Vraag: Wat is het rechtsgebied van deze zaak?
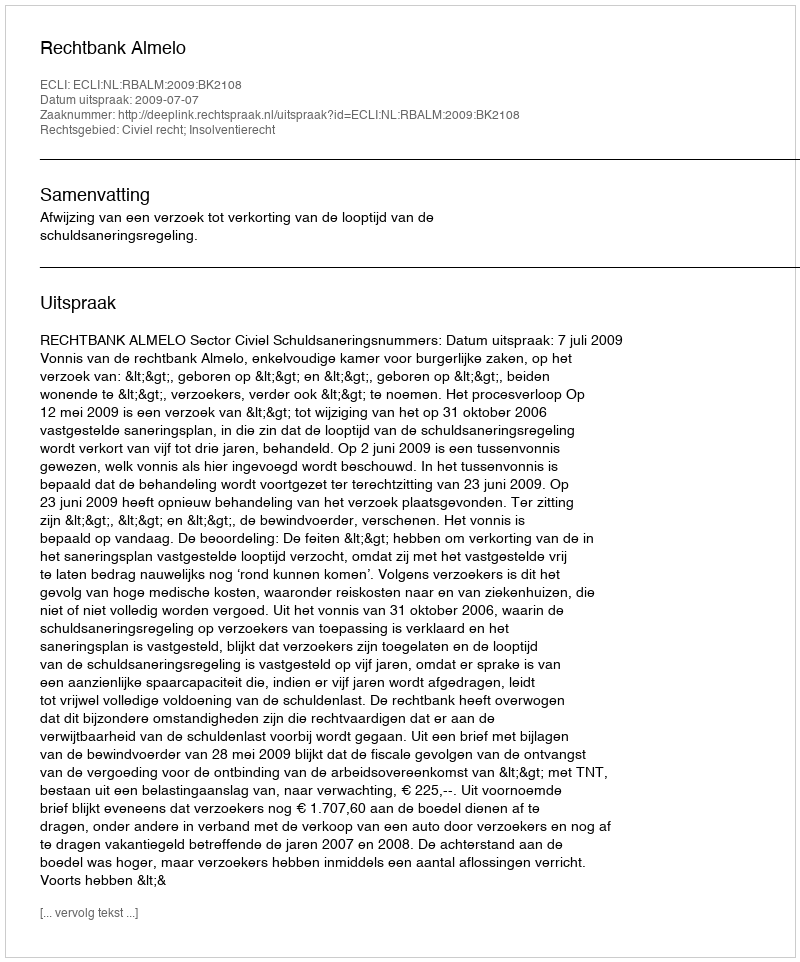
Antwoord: Civiel recht; Insolventierecht